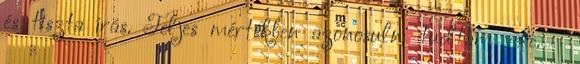
és tiszta írás. Teljes mértékben azonosulni tudtam vele. 🙂